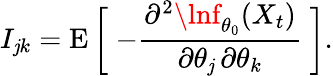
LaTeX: I_{\mathit{j}k}=\operatorname{E}{\bigg[}\; {-{\frac{{\partial^{2}\lnf_{\theta_{0}}(X_{t})}}{{\partial\theta_{\mathit{j}}\, \partial\theta_{k}}}}}\; {\bigg]}.